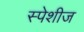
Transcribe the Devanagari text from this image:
स्पेशीज